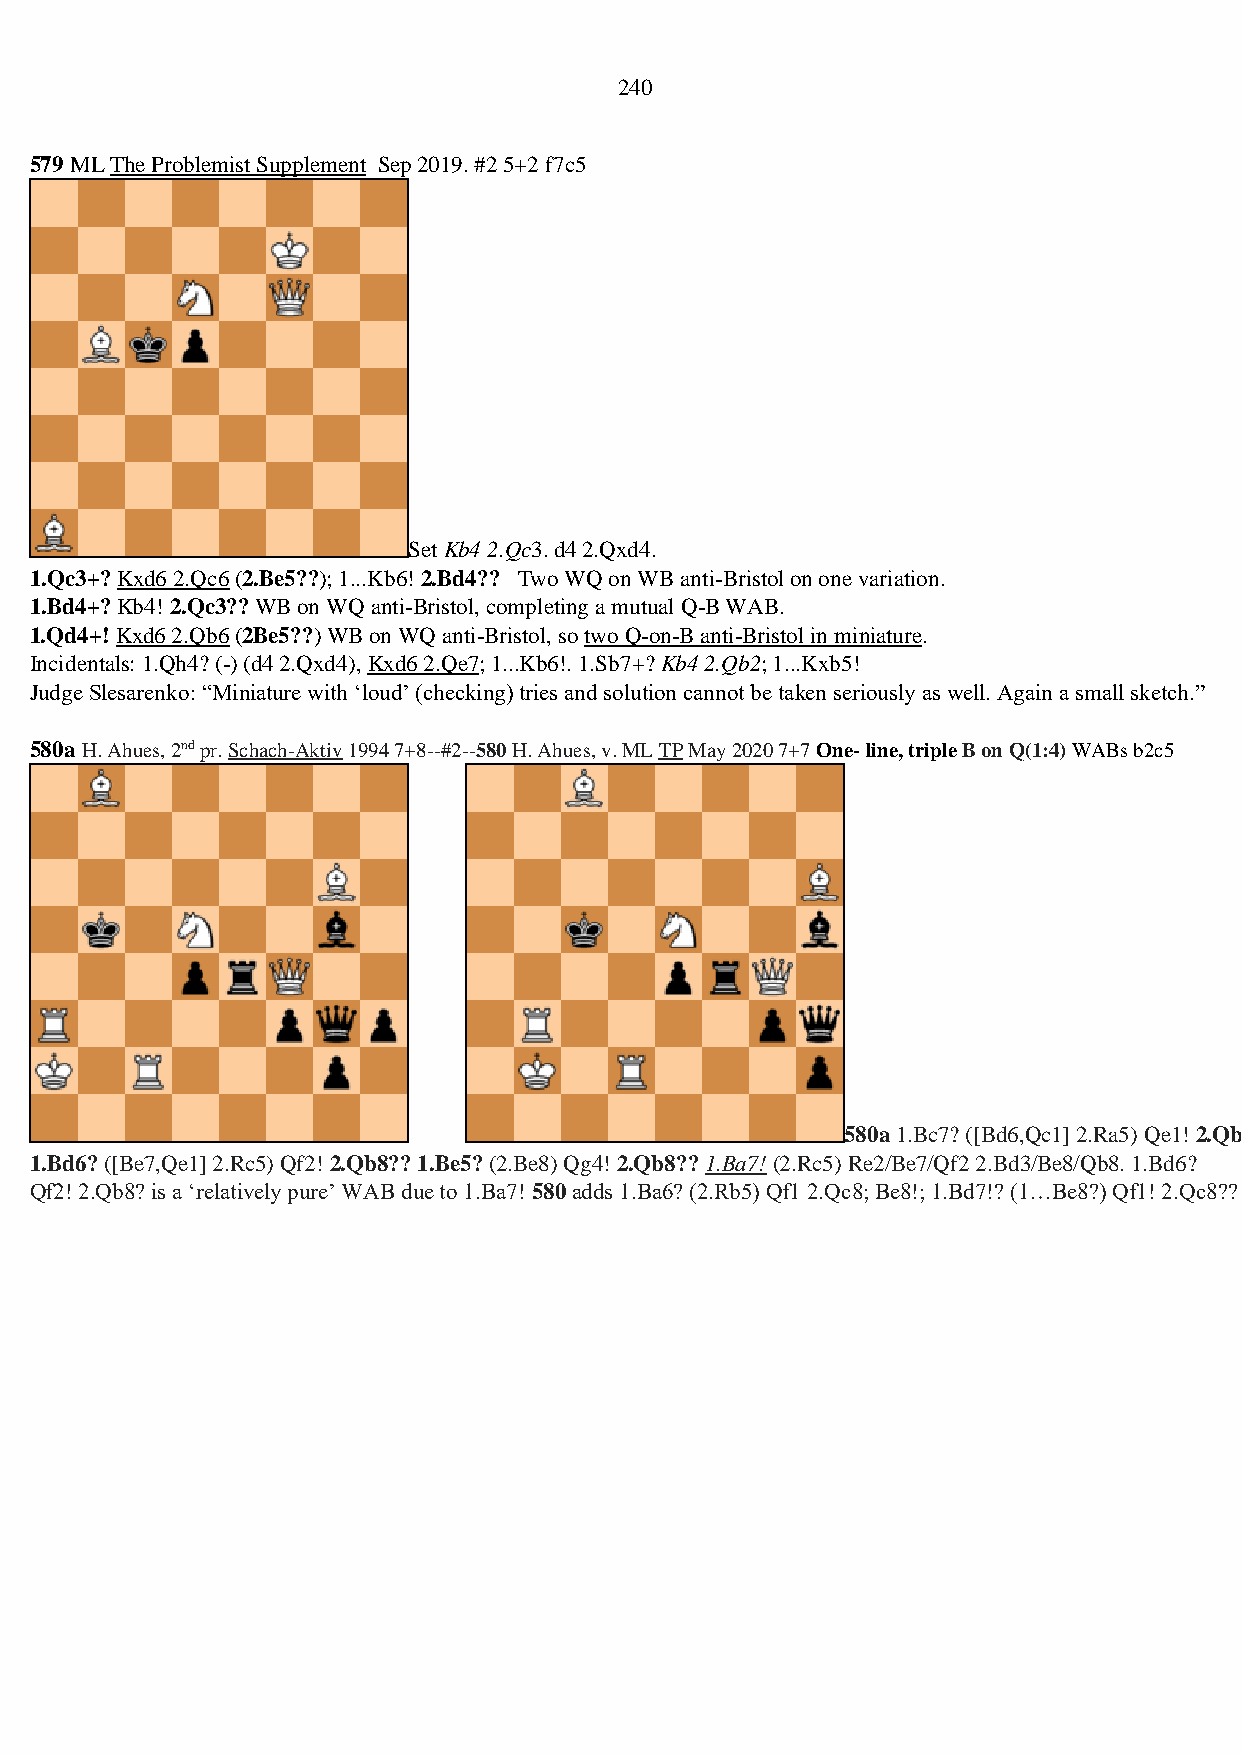
240
 579 ML The Problemist Supplement Sep 2019. #2 5+2 f7c5
 Set Kb4 2.Qc3. d4 2.Qxd4.
 1.Qc3+? Kxd6 2.Qc6 (2.Be5??); 1...Kb6! 2.Bd4?? Two WQ on WB anti-Bristol on one variation.
 1.Bd4+? Kb4! 2.Qc3?? WB on WQ anti-Bristol, completing a mutual Q-B WAB.
 1.Qd4+! Kxd6 2.Qb6 (2Be5??) WB on WQ anti-Bristol, so two Q-on-B anti-Bristol in miniature.
 Incidentals: 1.Qh4? (-) (d4 2.Qxd4), Kxd6 2.Qe7; 1...Kb6!. 1.Sb7+? Kb4 2.Qb2; 1...Kxb5!
 Judge Slesarenko: “Miniature with ‘loud’ (checking) tries and solution cannot be taken seriously as well. Again a small sketch.”
 580a H. Ahues, 2nd pr. Schach-Aktiv 1994 7+8--#2--580 H. Ahues, v. ML TP May 2020 7+7 One- line, triple B on Q(1:4) WABs b2c5
 580a 1.Bc7? ([Bd6,Qc1] 2.Ra5) Qe1! 2.Qb8??
 1.Bd6? ([Be7,Qe1] 2.Rc5) Qf2! 2.Qb8?? 1.Be5? (2.Be8) Qg4! 2.Qb8?? 1.Ba7! (2.Rc5) Re2/Be7/Qf2 2.Bd3/Be8/Qb8. 1.Bd6?
 Qf2! 2.Qb8? is a ‘relatively pure’ WAB due to 1.Ba7! 580 adds 1.Ba6? (2.Rb5) Qf1 2.Qc8; Be8!; 1.Bd7!? (1…Be8?) Qf1! 2.Qc8??